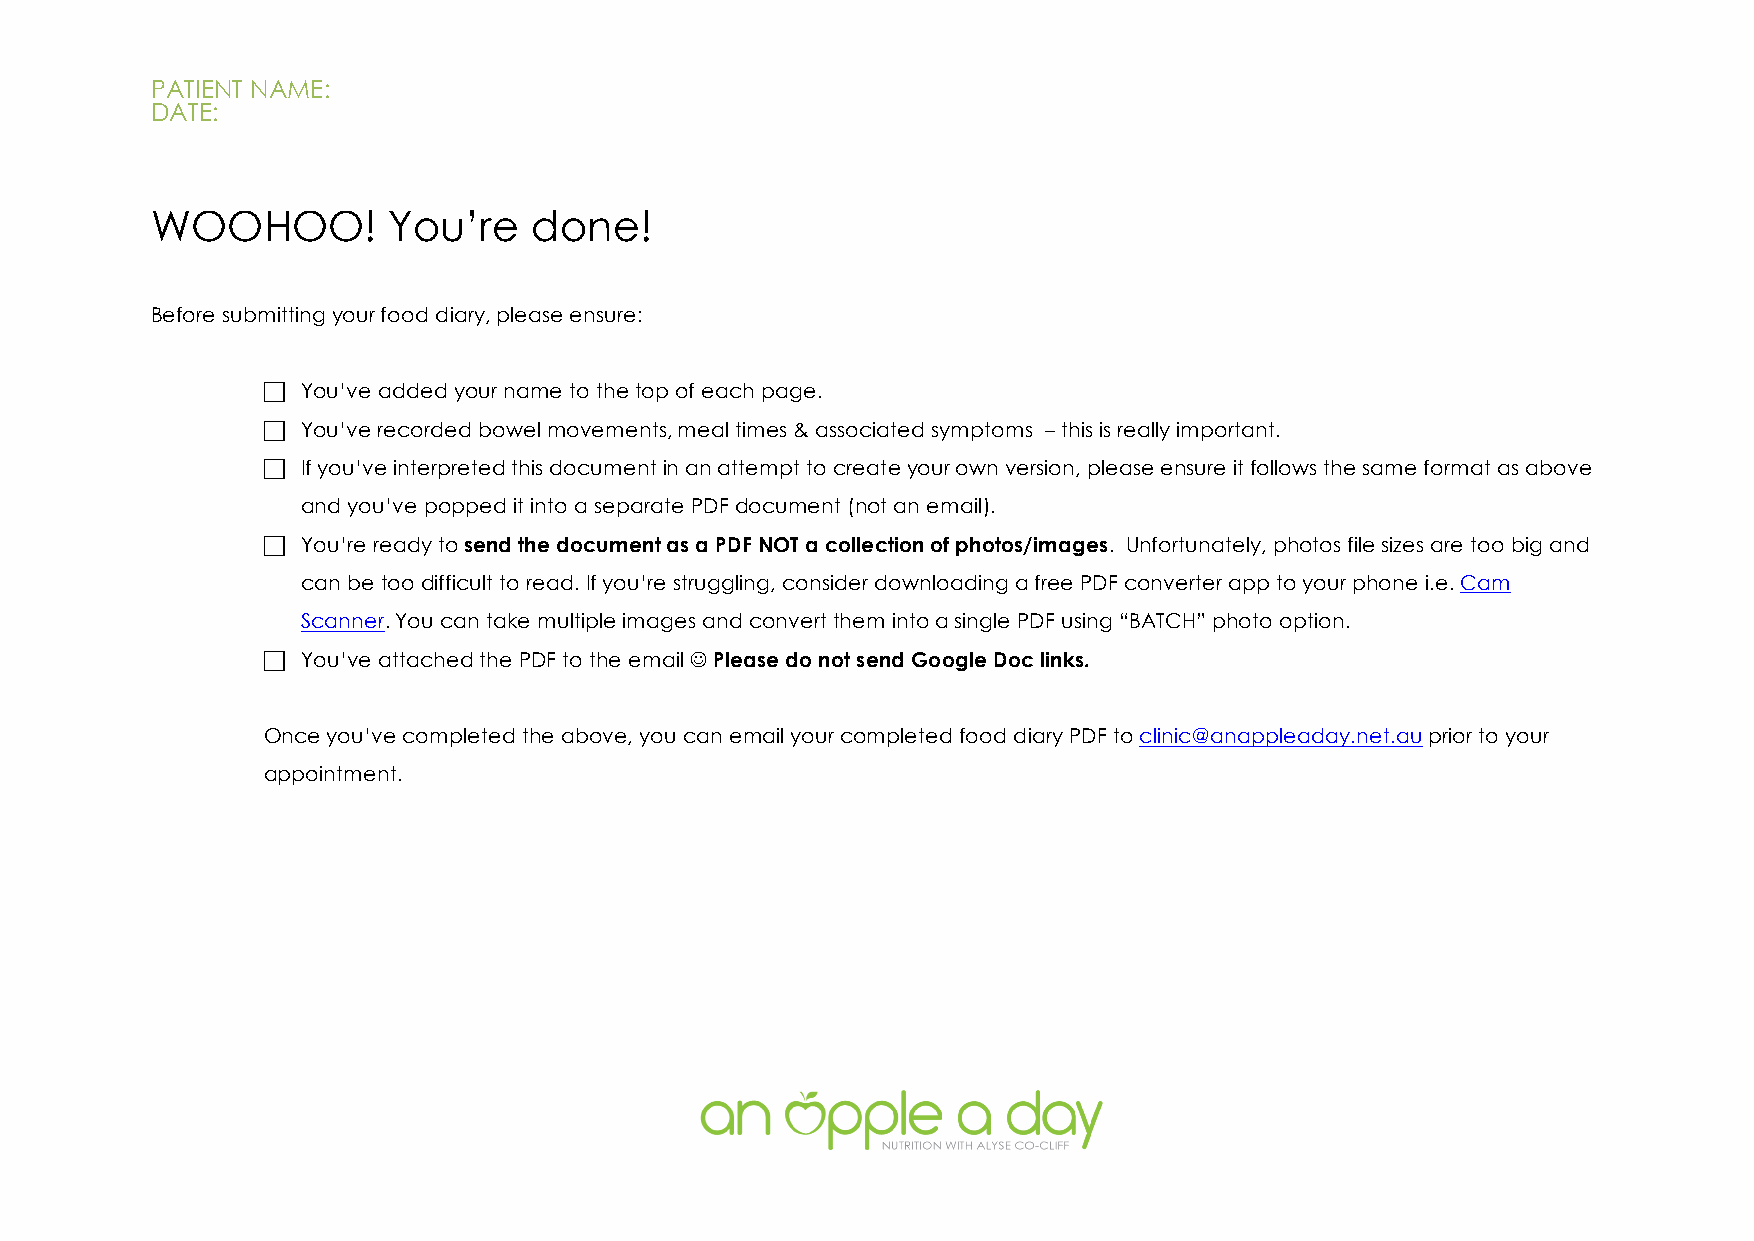
PATIENT NAME:
 DATE:
 WOOHOO!         You’re   done!
 Before submitting your food diary, please ensure:
 !  You’ve added your name to the top of each page.
 !  You’ve recorded bowel movements, meal times & associated symptoms – this is really important.
 !  If you’ve interpreted this document in an attempt to create your own version, please ensure it follows the same format as above
 and you’ve popped it into a separate PDF document (not an email).
 !  You’re ready to send the document as a PDF NOT a collection of photos/images. Unfortunately, photos file sizes are too big and
 can be too difficult to read. If you’re struggling, consider downloading a free PDF converter app to your phone i.e. Cam
 Scanner. You can take multiple images and convert them into a single PDF using “BATCH” photo option.
 !  You’ve attached the PDF to the email J Please do not send Google Doc links.
 Once you’ve completed the above, you can email your completed food diary PDF to clinic@anappleaday.net.au prior to your
 appointment.